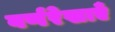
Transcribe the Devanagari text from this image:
वर्णरेखाएँ